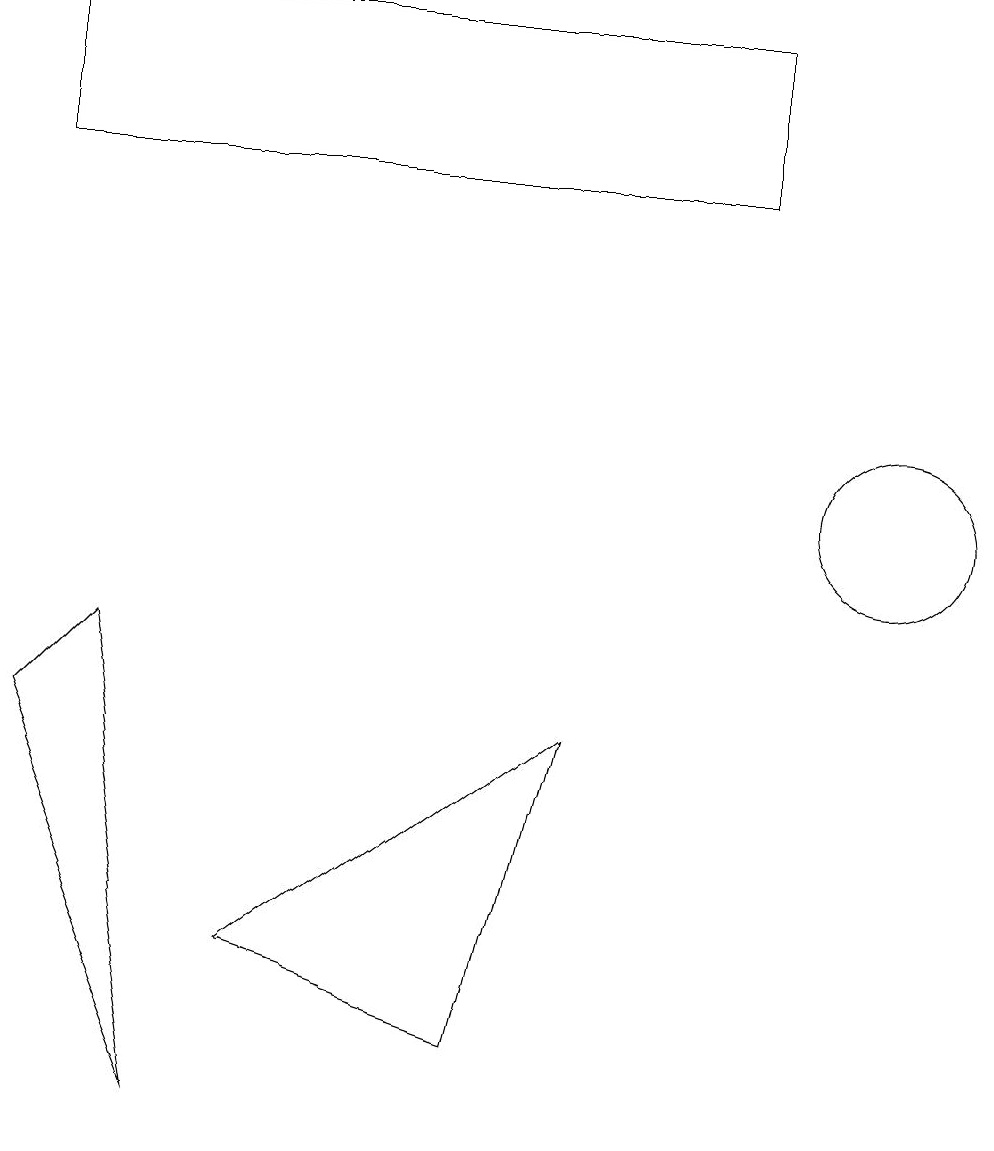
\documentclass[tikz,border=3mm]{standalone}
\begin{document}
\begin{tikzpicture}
\draw (3,5) -- (7,8) -- (6,4) -- cycle;
\draw (0,15) rectangle (9,17);
\draw (11,11) circle (1);
\draw (2,3) -- (0,8) -- (1,9) -- cycle;
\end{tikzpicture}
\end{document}